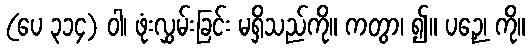
(ပေ ၃၁၄) ဝါ၊ ဖုံးလွှမ်းခြင်း မရှိသည်ကို။ ကတွာ၊ ၍။ ပဉှေ၊ ကို။